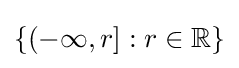
\{(-\infty ,r]:r\in \mathbb {R} \}